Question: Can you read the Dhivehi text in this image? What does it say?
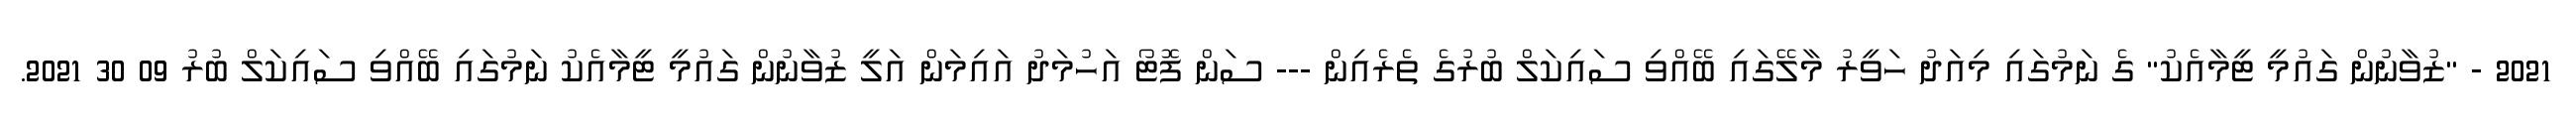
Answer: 2021 - "ޒުވާނުން ގައުމީ ޓީމާއެކު" ގެ ނަމުގައި މިއަދު ހަވީރު މާލޭގައި ބޭއްވި ސައިކަލް ބުރުގެ ތެރެއިން --- ސަން ފޮޓޯ އަހުމަދު އައިމަން އަލީ ޒުވާނުން ގައުމީ ޓީމާއެކު ނަމުގައި ބޭއްވި ސައިކަލް ބުރު 09 30 2021.